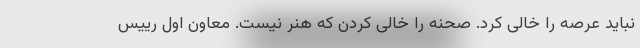
نباید عرصه را خالی کرد. صحنه را خالی کردن که هنر نیست. معاون اول رییس